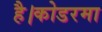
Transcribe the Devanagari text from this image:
है।कोडरमा